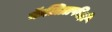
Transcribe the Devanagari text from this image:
कॅलिग्राफीही